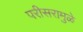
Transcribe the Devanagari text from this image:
परीसरामुळे